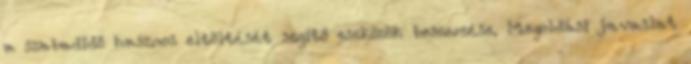
a szabadidő hasznos eltöltését segítő eszközök beszerzése. Megoldási javaslat